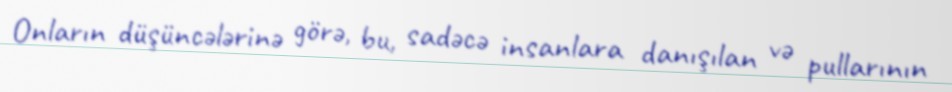
Onların düşüncələrinə görə, bu, sadəcə insanlara danışılan və pullarının